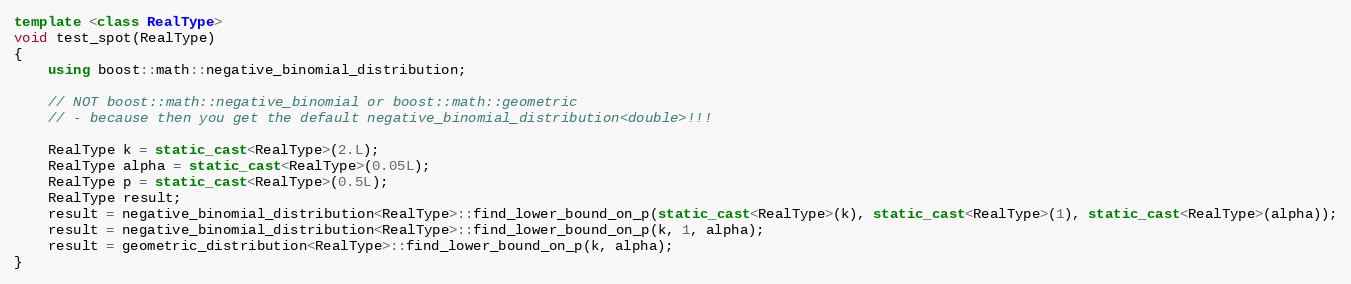
Language: C++
template <class RealType>
void test_spot(RealType)
{
    using boost::math::negative_binomial_distribution;

    // NOT boost::math::negative_binomial or boost::math::geometric
    // - because then you get the default negative_binomial_distribution<double>!!!

    RealType k = static_cast<RealType>(2.L);
    RealType alpha = static_cast<RealType>(0.05L);
    RealType p = static_cast<RealType>(0.5L);
    RealType result;
    result = negative_binomial_distribution<RealType>::find_lower_bound_on_p(static_cast<RealType>(k), static_cast<RealType>(1), static_cast<RealType>(alpha));
    result = negative_binomial_distribution<RealType>::find_lower_bound_on_p(k, 1, alpha);
    result = geometric_distribution<RealType>::find_lower_bound_on_p(k, alpha);
}